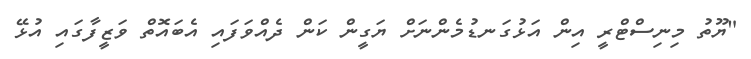
"ޔޫތު މިނިސްޓްރީ އިން އަޅުގަނޑުމެންނަށް ޔަގީން ކަން ދެއްވަފައި އެބައޮތް ވަޒީފާގައި އުޅޭ